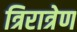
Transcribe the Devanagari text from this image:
त्रिरात्रेण